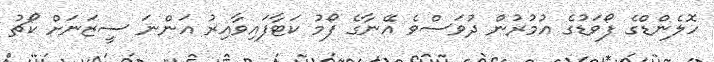
ހޮލެންޑްގެ ފޯވަޑުގެ އުމުރުން ދުވަސްވެ އޭނާގެ ފޯމު ކަޓާފައިވާއިރު އަންނަ ސީޒަނަށް ކޯޗު